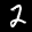
Label: 2